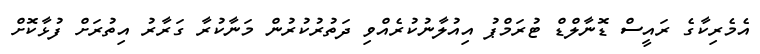
އެމެރިކާގެ ރައީސް ޑޮނާލްޑް ޓުރަމްޕު އިއުލާނުކުރެއްވި ދަތުރުކުރުން މަނާކުރާ ގަރާރު އިތުރަށް ފުޅާކޮށް